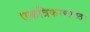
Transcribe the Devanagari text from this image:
एकत्रिकरणानंतर